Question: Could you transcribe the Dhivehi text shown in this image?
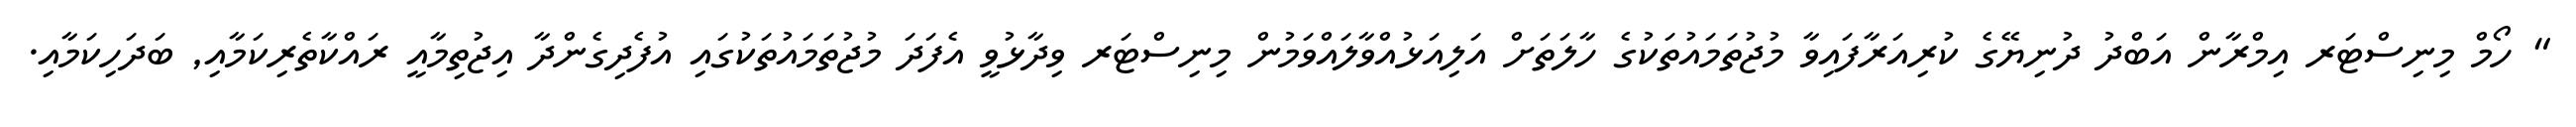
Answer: " ހޯމް މިނިސްޓަރ އިމްރާން އަބްދު ދުނިޔޭގެ ކުރިއަރާފައިވާ މުޖުތަމައުތަކުގެ ހާލަތަށް އަލިއަޅުއްވާލައްވަމުން މިނިސްޓަރ ވިދާޅުވީ އެފަދަ މުޖުތަމައުތަކުގައި އުފެދިގެންދާ އިޖުތިމާއީ ރައްކާތެރިކަމާއި, ބަދަހިކަމާއި.